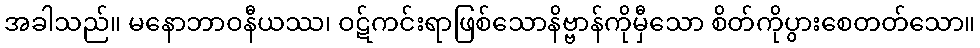
အခါသည်။ မနောဘာဝနီယဿ၊ ဝဋ်ကင်းရာဖြစ်သောနိဗ္ဗာန်ကိုမှီသော စိတ်ကိုပွားစေတတ်သော။